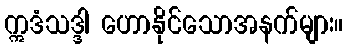
ဣဒံသဒ္ဒါ ဟောနိုင်သောအနက်များ။